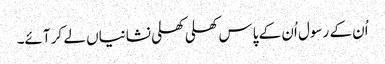
اُن کے رسول اُن کے پاس کھلی کھلی نشانیاں لے کر آئے۔